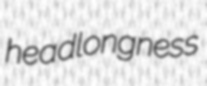
headlongness